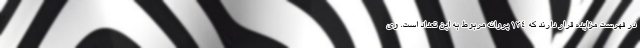
در فهرست مزایده قرار دارند که ۱۳۴ پروانه مربوط به این تعداد است. وی